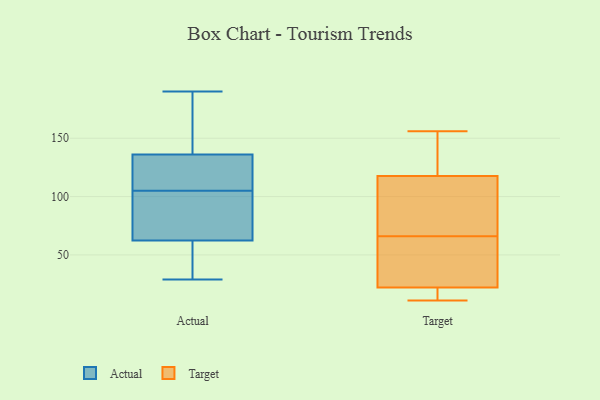
{"axis": {"x": "Net Income (USD K)", "y": "Value"}, "legend": ["Actual", "Target"], "data": [{"x": "", "y": 133, "type": "Actual"}, {"x": "", "y": 115, "type": "Actual"}, {"x": "", "y": 159, "type": "Actual"}, {"x": "", "y": 66, "type": "Actual"}, {"x": "", "y": 29, "type": "Actual"}, {"x": "", "y": 55, "type": "Actual"}, {"x": "", "y": 63, "type": "Actual"}, {"x": "", "y": 62, "type": "Actual"}, {"x": "", "y": 137, "type": "Actual"}, {"x": "", "y": 105, "type": "Actual"}, {"x": "", "y": 40, "type": "Actual"}, {"x": "", "y": 170, "type": "Actual"}, {"x": "", "y": 190, "type": "Actual"}, {"x": "", "y": 127, "type": "Actual"}, {"x": "", "y": 94, "type": "Actual"}, {"x": "", "y": 46, "type": "Target"}, {"x": "", "y": 120, "type": "Target"}, {"x": "", "y": 66, "type": "Target"}, {"x": "", "y": 19, "type": "Target"}, {"x": "", "y": 17, "type": "Target"}, {"x": "", "y": 23, "type": "Target"}, {"x": "", "y": 66, "type": "Target"}, {"x": "", "y": 70, "type": "Target"}, {"x": "", "y": 11, "type": "Target"}, {"x": "", "y": 35, "type": "Target"}, {"x": "", "y": 131, "type": "Target"}, {"x": "", "y": 117, "type": "Target"}, {"x": "", "y": 156, "type": "Target"}]}